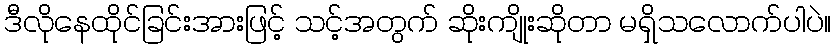
ဒီလိုနေထိုင်ခြင်းအားဖြင့် သင့်အတွက် ဆိုးကျိုးဆိုတာ မရှိသလောက်ပါပဲ။